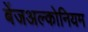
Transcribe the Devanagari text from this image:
बेंजअल्कोनियम